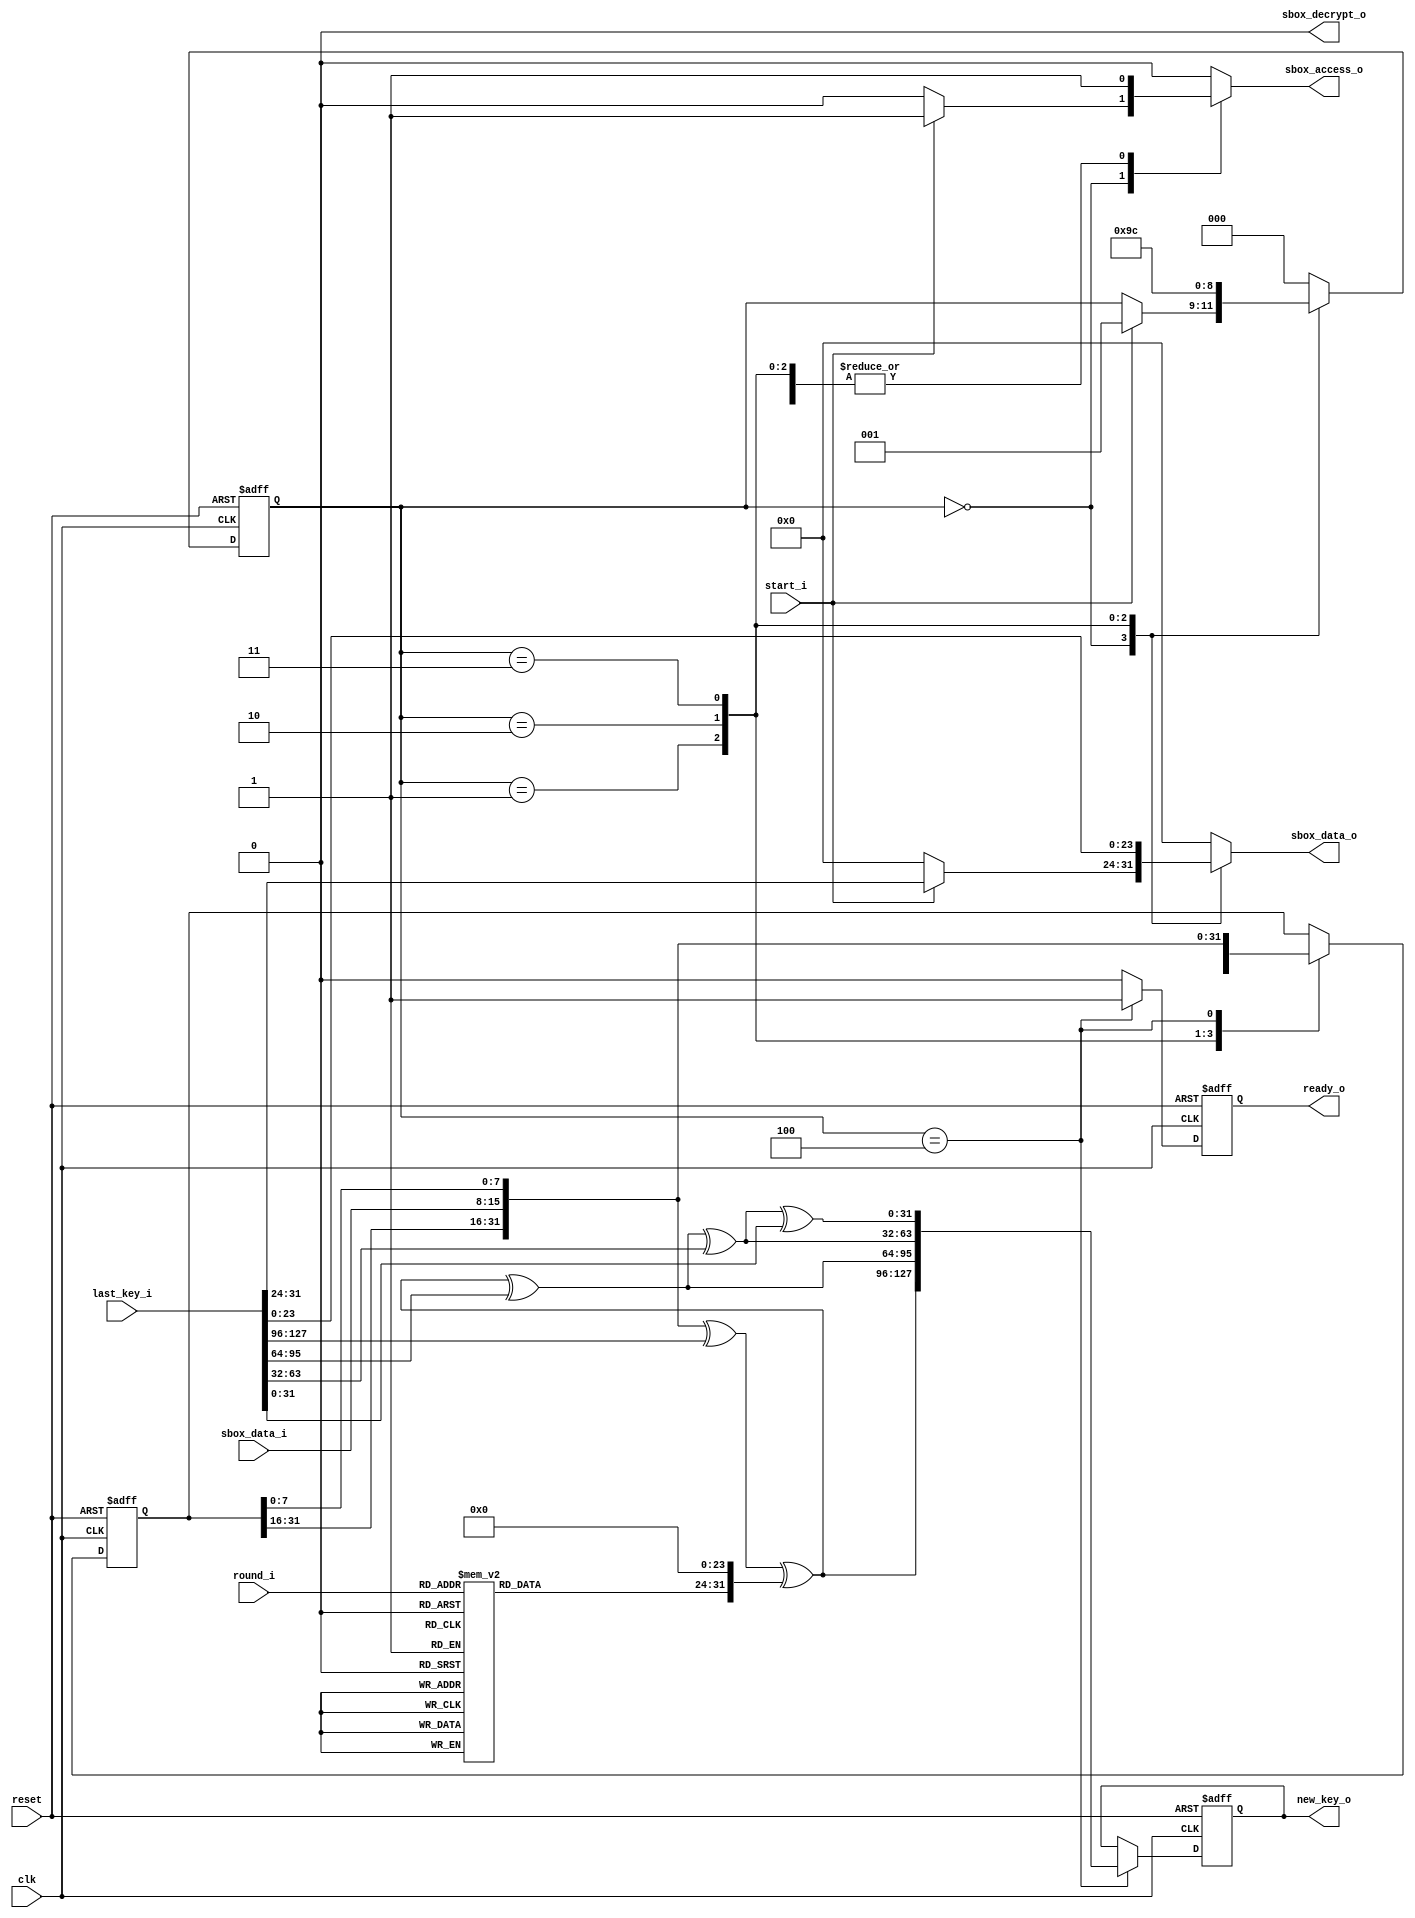
module keysched(clk,reset,start_i,round_i,last_key_i,new_key_o,ready_o,sbox_access_o,sbox_data_o,sbox_data_i,sbox_decrypt_o);

input clk;
input reset;
input start_i;
input [3:0] round_i;
input [127:0] last_key_i;
output [127:0] new_key_o;
output ready_o;
output sbox_access_o;
output [7:0] sbox_data_o;
input [7:0] sbox_data_i;
output sbox_decrypt_o;

reg [127:0] new_key_o;
reg ready_o;
reg sbox_access_o;
reg [7:0] sbox_data_o;
reg sbox_decrypt_o;

reg [2:0] next_state;
reg [2:0] state;
reg [7:0] rcon_o;
reg [31:0] next_col;
reg [31:0] col;
reg [127:0] key_reg;
reg [127:0] next_key_reg;
reg next_ready_o;


//rcon
always @(  round_i)
begin

  case(round_i)

    1:
     begin
       rcon_o = (1);
     end
    2:
     begin
       rcon_o = (2);
     end
    3:
     begin
       rcon_o = (4);
     end
    4:
     begin
       rcon_o = (8);
     end
    5:
     begin
       rcon_o = ('h10);
     end
    6:
     begin
       rcon_o = ('h20);
     end
    7:
     begin
       rcon_o = ('h40);
     end
    8:
     begin
       rcon_o = ('h80);
     end
    9:
     begin
       rcon_o = ('h1B);
     end
   10:
     begin
       rcon_o = ('h36);
     end
   default:
     begin
       rcon_o = (0);
     end
  endcase

end


always @(posedge clk or negedge reset)
begin

  if(!reset)
    begin
 
      state = (0);
      col = (0);
      key_reg = (0);
      ready_o = (0);

    end
    else
    begin
	
      state = (next_state);	
      col = (next_col);
      key_reg = (next_key_reg);
      ready_o = (next_ready_o);

    end

end


//generate_key
reg[127:0] K_var,W_var;
reg[31:0] col_t;
reg[23:0] zero;
	
always @(start_i or last_key_i or sbox_data_i or state or rcon_o or col or key_reg)
begin

  zero=0;
	
  col_t=col;
  W_var=0;
	
  next_state = (state);
  next_col = (col);
	
  next_ready_o = (0);
  next_key_reg = (key_reg);
  new_key_o = (key_reg);
	
  sbox_decrypt_o = (0);
  sbox_access_o = (0);
  sbox_data_o = (0);
  K_var=last_key_i;
		
  case(state)
    0:
     begin
       if(start_i)
       begin
	
         col_t=0;
         sbox_access_o = (1);
         sbox_data_o = (K_var[31:24]);
         next_state = (1);
	
       end
     end

    1:
     begin
	
       sbox_access_o = (1);
       sbox_data_o = (K_var[23:16]);
       col_t[7:0]=sbox_data_i;
       next_col = (col_t);
       next_state = (2);

     end

    2:
     begin

       sbox_access_o = (1);
       sbox_data_o = (K_var[15:8]);
       col_t[31:24]=sbox_data_i;
       next_col = (col_t);
       next_state = (3);

     end

    3:
     begin

       sbox_access_o = (1);
       sbox_data_o = (K_var[7:0]);	
       col_t[23:16]=sbox_data_i;
       next_col = (col_t);
       next_state = (4);
 
     end

    4:
     begin

       sbox_access_o = (1);
       col_t[15:8]=sbox_data_i;
       next_col = (col_t);
       W_var[127:96]=col_t^K_var[127:96]^{rcon_o,zero};		
       W_var[95:64]=W_var[127:96]^K_var[95:64];
       W_var[63:32]=W_var[95:64]^K_var[63:32];
       W_var[31:0]=W_var[63:32]^K_var[31:0];
       next_ready_o = (1);
       next_key_reg = (W_var);	
       next_state = (0);

     end

    default:
     begin
       
       next_state = (0);

     end

  endcase

end

endmodule